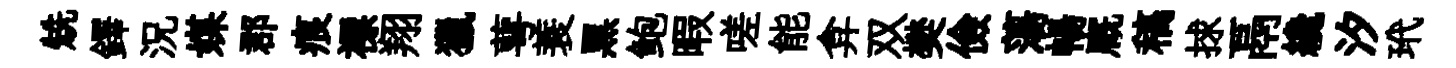
兟鐸況媒郡痕褾翔獵萼蓑黑鲍暇嗟能弇双樊儉蕩暢廐稿捄鬲纔汐玳